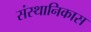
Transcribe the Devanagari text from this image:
संस्थानिकास